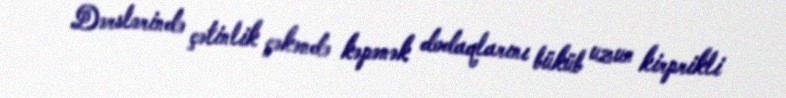
Dərslərində çətinlik çəkəndə kəpənək dodaqlarını büküb uzun kirprikli